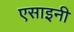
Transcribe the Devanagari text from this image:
एसाइनी